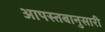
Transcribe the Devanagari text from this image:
आपस्तबानुसारी